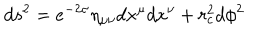
LaTeX: d s ^ { 2 } = e ^ { - 2 \sigma } \eta _ { \mu \nu } d x ^ { \mu } d x ^ { \nu } + r _ { c } ^ { 2 } d \phi ^ { 2 }